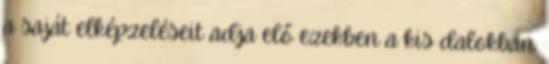
a saját elképzeléseit adja elő ezekben a kis dalokban.